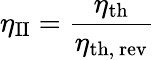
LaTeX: \eta_{\mathrm{II}}={\frac{\eta_{\mathrm{th}}}{\eta_{\mathrm{th,~rev}}}}